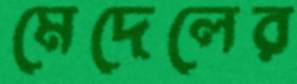
মেদেলের